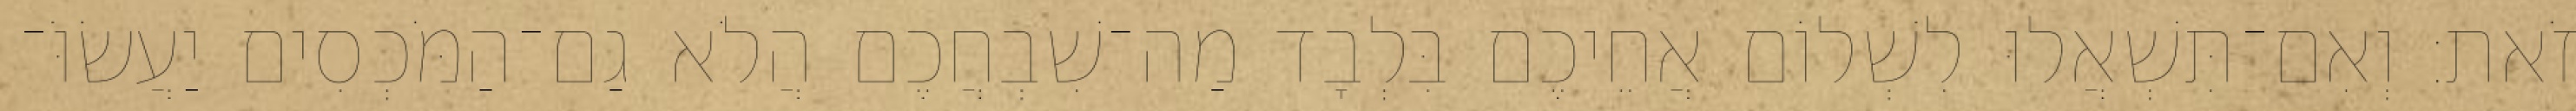
זֹאת׃ וְאִם־תִּשְׁאֲלוּ לִשְׁלוֹם אֲחֵיכֶם בִּלְבָד מַה־שִׁבְחֲכֶם הֲלֹא גַם־הַמֹּכְסִים יַעֲשׂוֹּ־